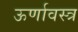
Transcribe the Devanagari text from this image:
ऊर्णावस्त्र